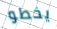
يخطو